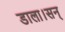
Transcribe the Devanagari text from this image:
डाला।सन्